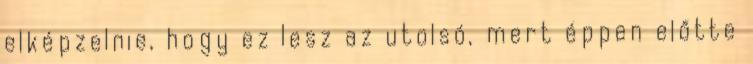
elképzelnie, hogy ez lesz az utolsó, mert éppen előtte